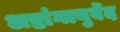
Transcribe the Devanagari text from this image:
अष्टांगायुर्वेद